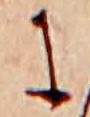
に